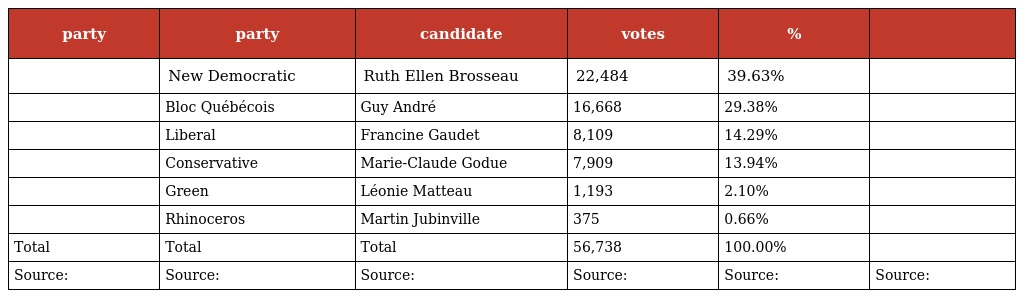
| party | party | candidate | votes | % |  |
 | --- | --- | --- | --- | --- | --- |
 |  | New Democratic | Ruth Ellen Brosseau | 22,484 | 39.63% |  |
 |  | Bloc Québécois | Guy André | 16,668 | 29.38% |  |
 |  | Liberal | Francine Gaudet | 8,109 | 14.29% |  |
 |  | Conservative | Marie-Claude Godue | 7,909 | 13.94% |  |
 |  | Green | Léonie Matteau | 1,193 | 2.10% |  |
 |  | Rhinoceros | Martin Jubinville | 375 | 0.66% |  |
 | Total | Total | Total | 56,738 | 100.00% |  |
 | Source: | Source: | Source: | Source: | Source: | Source: |